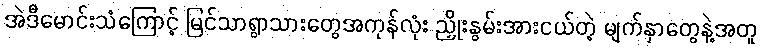
အဲဒီမောင်းသံကြောင့် မြင်သာရွာသားတွေအကုန်လုံး ညှိုးနွမ်းအားငယ်တဲ့ မျက်နှာတွေနဲ့အတူ